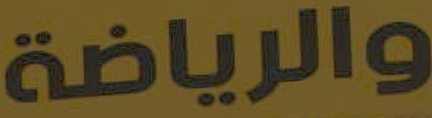
والرياضة